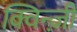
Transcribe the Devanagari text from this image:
क्विन्ज़ी